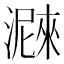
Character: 𤀛